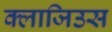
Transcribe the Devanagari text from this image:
क्लाजिउस